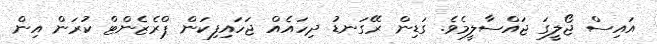
އައިސް ޖޯލީގަ ޖައްސާލީމެވެ. ގަޑިން ރޭގަނޑު ދިހައެއް ޖަހައިފިކަން ޕްރެޒެންޓް ކުރަން އިން